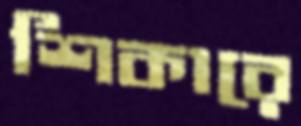
শিকারে